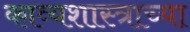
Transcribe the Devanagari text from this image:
काव्यशास्त्राच्या